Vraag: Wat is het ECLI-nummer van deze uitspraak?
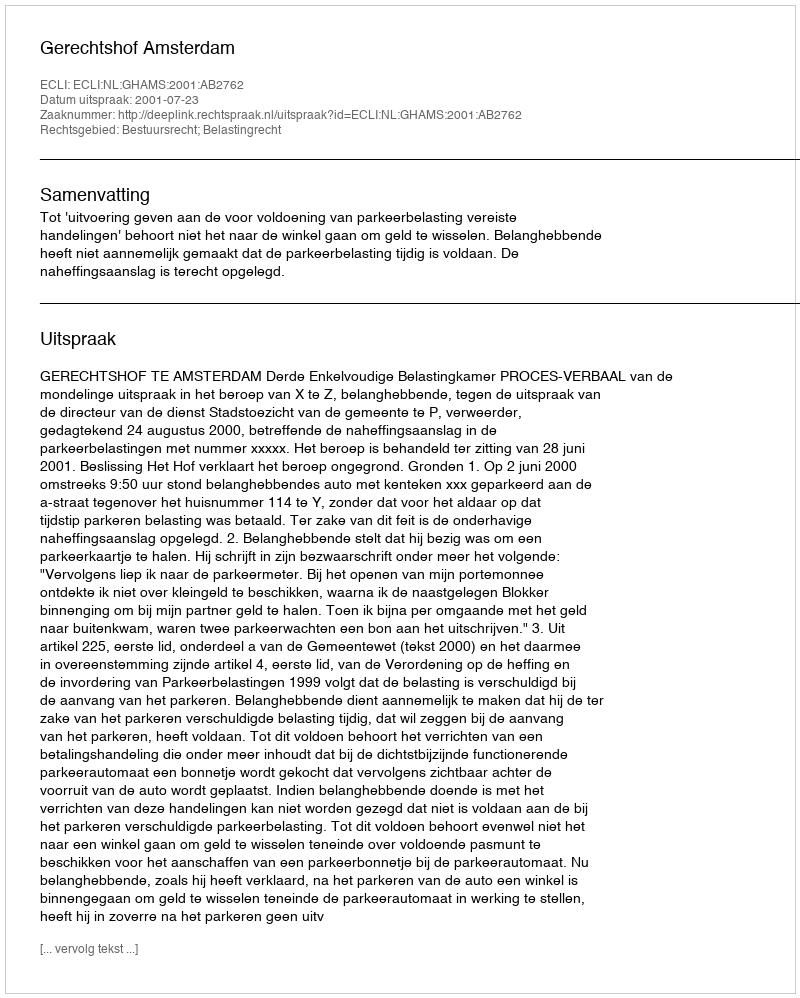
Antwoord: ECLI:NL:GHAMS:2001:AB2762